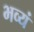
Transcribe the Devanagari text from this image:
भव्यं